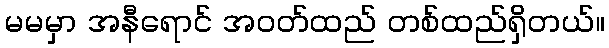
မမမှာ အနီရောင် အဝတ်ထည် တစ်ထည်ရှိတယ်။